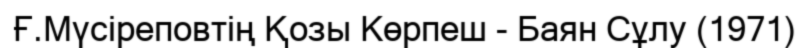
Ғ.Мүсіреповтің Қозы Көрпеш - Баян Сұлу (1971)